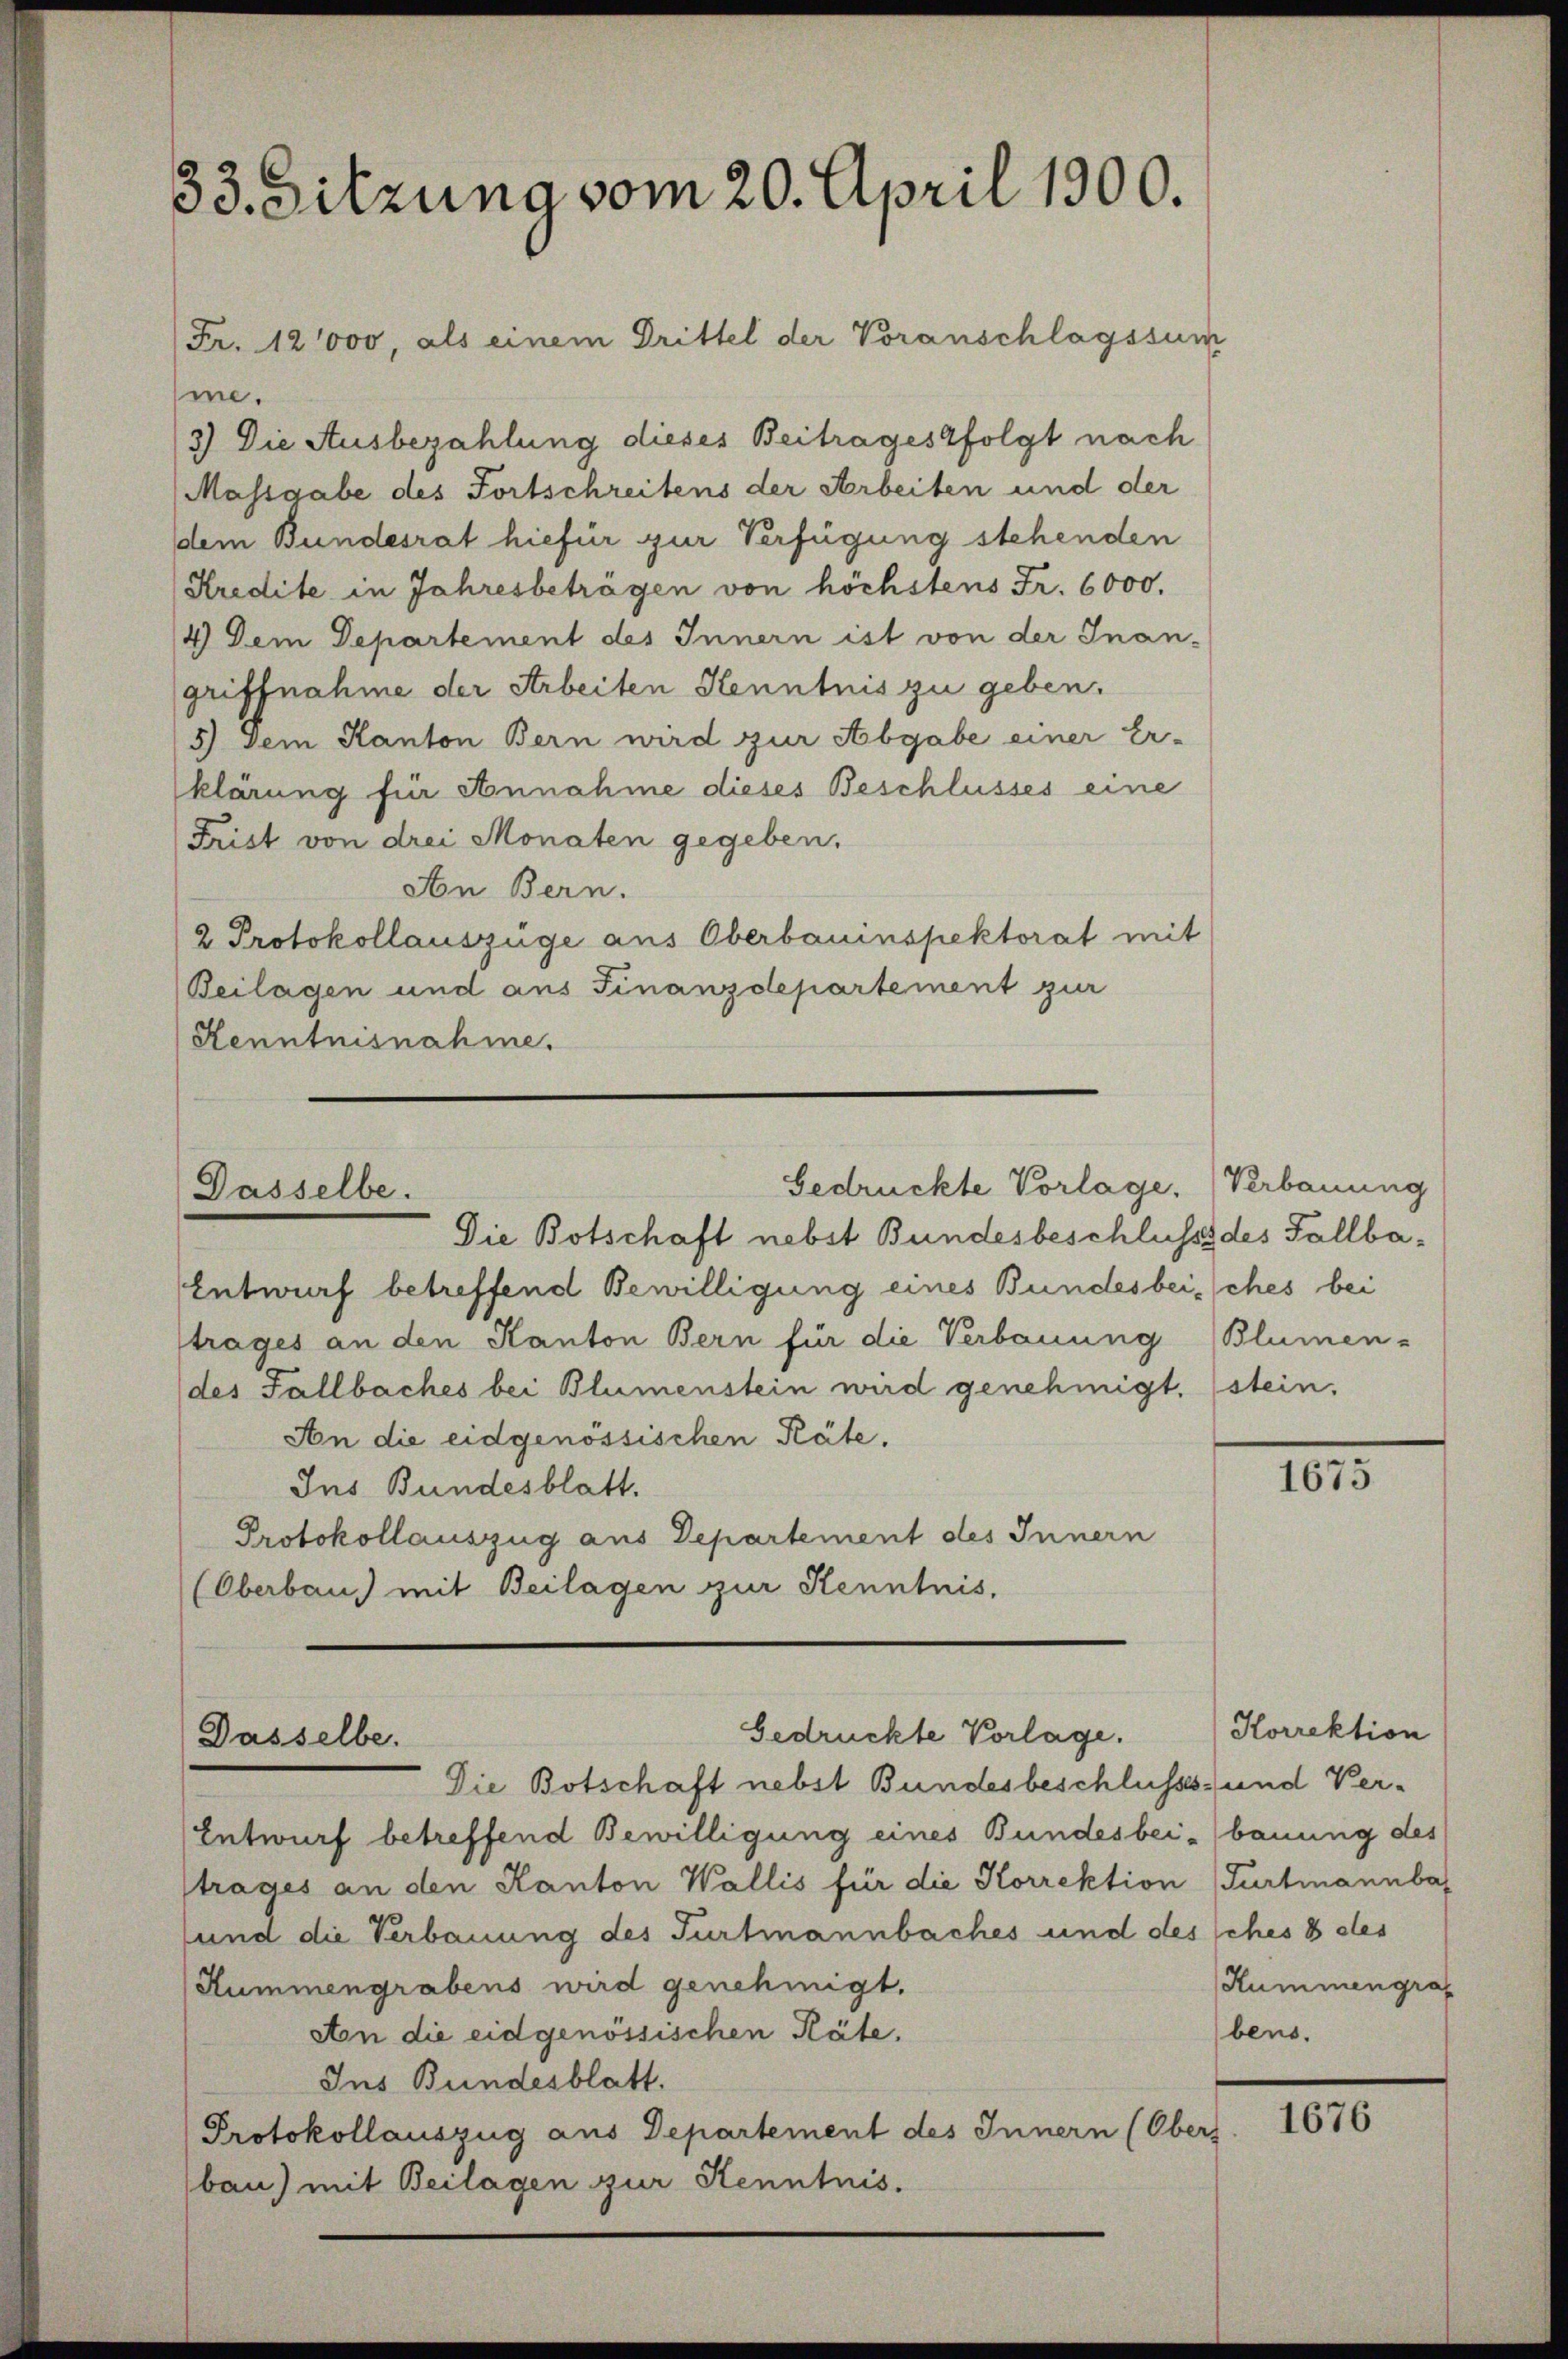
33. Sitzung vom 20. April 1900.

me.
3) Die Ausbezahlung dieses Beitrages folgt nach
Massgabe des Fortschreitens der Arbeiten und der
dem Bundesrat hiefür zur Verfügung stehenden
Kredite in Jahresbeträgen von höchstens Fr. 6000.
4) Dem Departement des Innern ist von der Inan-
griffnahme der Arbeiten Kenntnis zu geben.
5.) Dem Kanton Bern wird zur Abgabe einer Er-
klärung für Annahme dieses Beschlusses eine
Frist von drei Monaten gegeben.
Aon Bern.
2 Protokollauszüge aus Oberbauinspektorat mit
Beilagen und aus Finanzdepartement zur
Kenntnisnahme.

Fr. 12000, als einem Drittel der Voranschlagssum

Gedrückte Vorlage,
Dasselbe.
Die Botschaft nebst Bundesbeschluss des Fallba¬

Entwurf betreffend Bewilligung eines Bundesbeisches bei
trages an den Kanton Bern für die Verbauung (Blumen-
des Fallbaches bei Blumenstein wird genehmigt. stein,
An die eidgenössischen Käte.
Ins Bundesblatt.
Protokollauszug aus Departement des Innern
(Oberbaus mit Beilagen zur Kenntnis,

Gedrückte Vorlage.
Dasselbe.
Die Botschaft nebst Bundesbeschlusss- und Ver¬

Verbauung

Entwurf betreffend Bewilligung eines Bundesbei-bauung des
strages an den Kanton Wallis für die Korrektion (Furtmannba
sund die Verbauung des Furtmannbaches und des sches 8 des
Hummengrabens wird genehmigt.
An die eidgenössischen Käte.
Ins Bundesblatt.
Protokollauszug aus Departement des Innern (Obers
bau) mit Beilagen zur Kenntnis.

1675

Korrektion
Rummengraf
bens.

1676